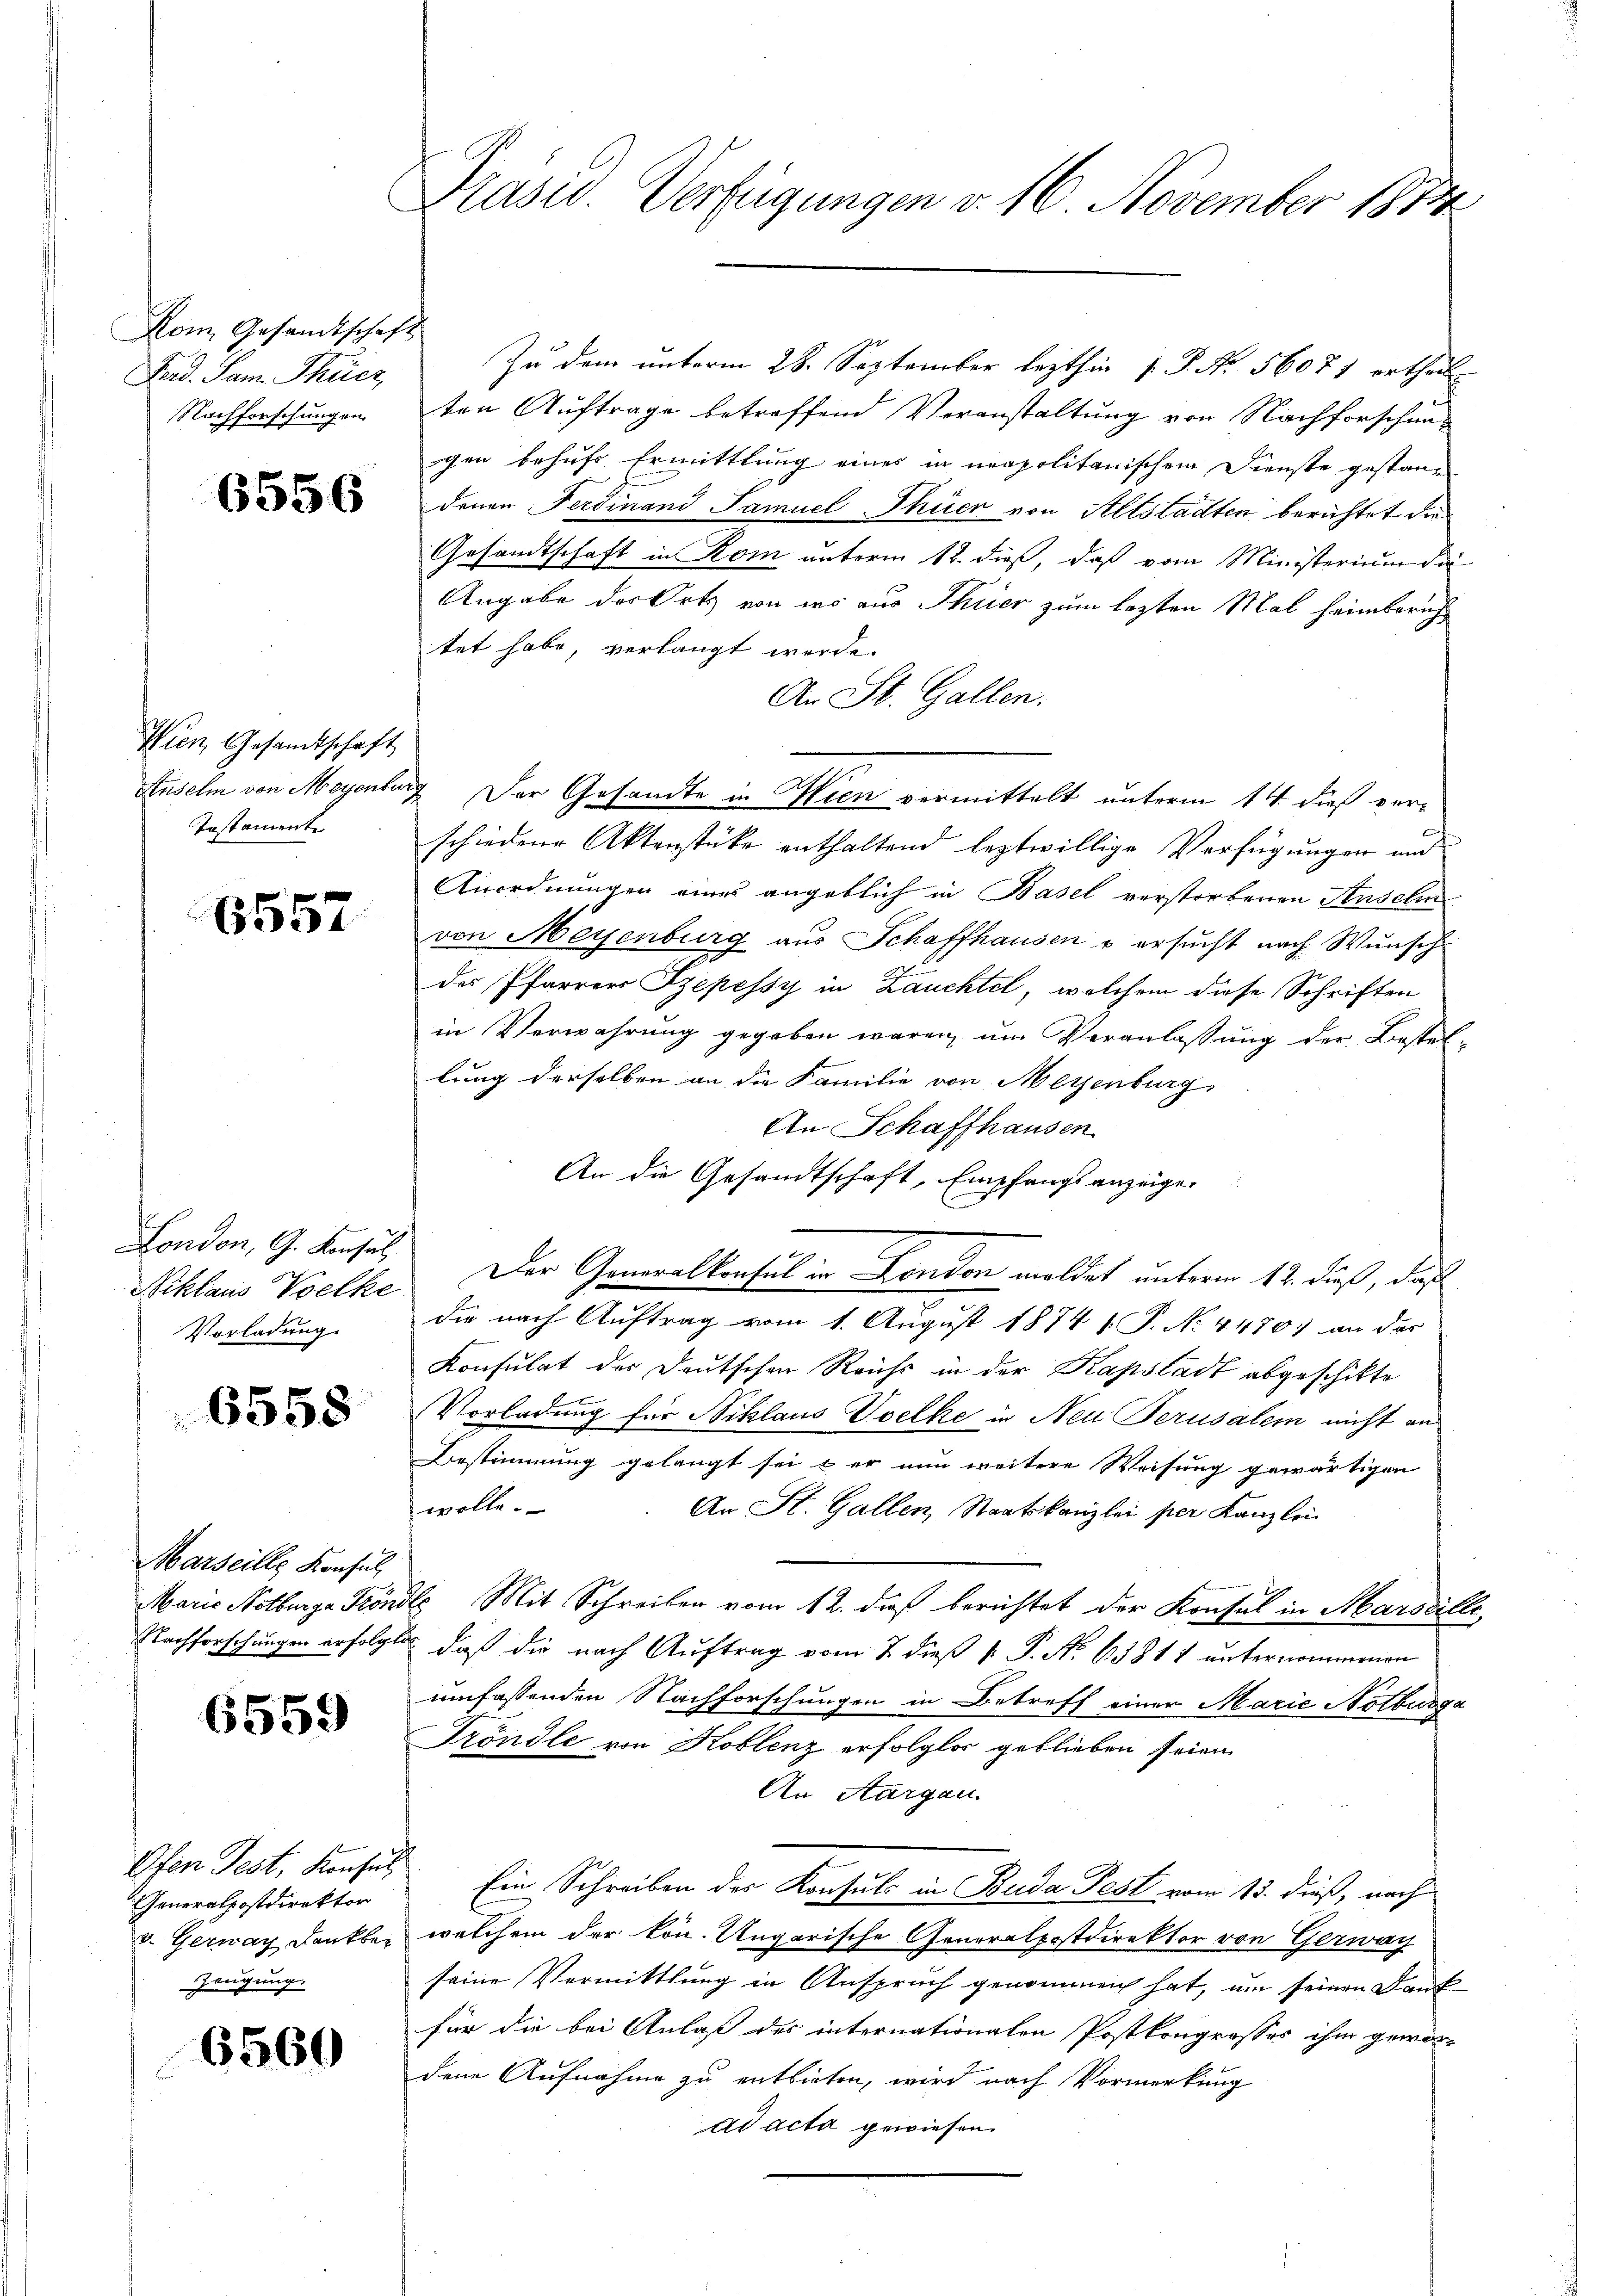
Kom Gesandtschaft
Ferd. Sam Thier
Nachforschungen.

6556

Wien, Gesandtschaft
Testamente

6557

London, G. Konsul
Siklaus Volke
Vorladung.

6558

Marseille Konsul

6559

Ofen Test. Konsul
Generalpostdirektor
v. Gerwach Dankber
Zeugung.

6560

Prasw. Verfügungen v. 16. November 1874

Zu dem unterm 28. September lezthin 1. P. Nr. 56071 ertheile
ten Auftrage betreffend Veranstaltung von Nachforschung
gen behufs Ermittlung eines in neapolitanischem Dienste gestandenen Ferdinand Samuel Thier von Altstadten berichtet die
Gesandtschaft in Rom unterm 12. dieß, daß vom Ministerium die
Angabe des Orts von ers aus Thier zum lezten Mal heimberich
tet habe, verlangt werde.
An St. Gallen.
Auselm von Meyenburg Der Gesandte in Wien vermittelt unterm 14. dieß verschiedene Aktenstücke enthaltend leztwillige Verfügungen und
Anordnungen eines angeblich in Basel verstorbenen Ansehen
von Meyenburg aus Schaffhausen & ersucht nach Wunsch
des Pfarrers Szepessy in Lauchtel, welchem diese Schriften
in Verwahrung gegeben waren, um Veranlassung der Bestel-
lung derselben an die Familie von Meyenburg
An Schaffhausen
An die Gesandtschaft, Empfangsanzeige.
Der Generalkonsul in London meldet unterm 12. dieß, daß
die nach Auftrag vom 1. August 1874 s P. No. 4470) an der
Konsulat der Deutschen Reichs in der Kapstadt abgeschikte
Vorladung für Niklaus Velke in Neu Perusalem nicht an
Bestimmung gelangt sei & er nun weitere Weisung gewärtigen
wolle.
An St. Gallen, Staatskanzlei per Kanzlei
Marie Notburger Köndle Mit Schreiben vom 12. daß berichtet der Konsul in Marseille,
Nachforschungen erfolgte, daß die nach Auftrag vom 2 dieß P. P. Nr. 63811 unternommenen
umfassenden Nachforschungen in Betreff einer Marie Notburga
Fröndle von Koblenz erfolglos geblieben seien.
An Aargau.
Ein Schreiben des Konsuls in Buda Fest vom 15. dieß, nach
welchem der kon. Ungarische Generalpostdirektor von Gerwar
seine Vermittlung in Anspruch genommen hat, um seinen Dank
für die bei Anlaß des internationalen Postkongrosses ihm gewordene Aufnahme zu entbieten, wird nach Vormerkung
ad acta gewiesen.